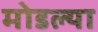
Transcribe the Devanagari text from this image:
मोडल्या